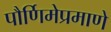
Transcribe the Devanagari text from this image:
पौर्णिमेप्रमाणे